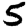
Digit: 5